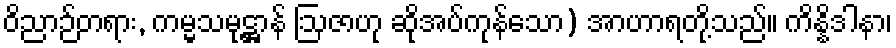
ဝိညာဉ်တရား, ကမ္မသမုဋ္ဌာန် ဩဇာဟု ဆိုအပ်ကုန်သော) အာဟာရတို့သည်။ ကိန္နိဒါနာ၊